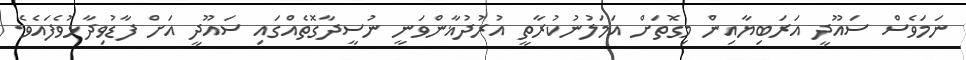
ނަމަވެސް ސައޫދީ އަރަބިޔާއިން މިގޮތަށް އަމަލުނުކުރާތީ އުރުދުޣާންވަނީ ނުސީދާގޮތެއްގައި ސައޫދީ އަށް ފާޑުވިދާޅުވެފައެވެ.